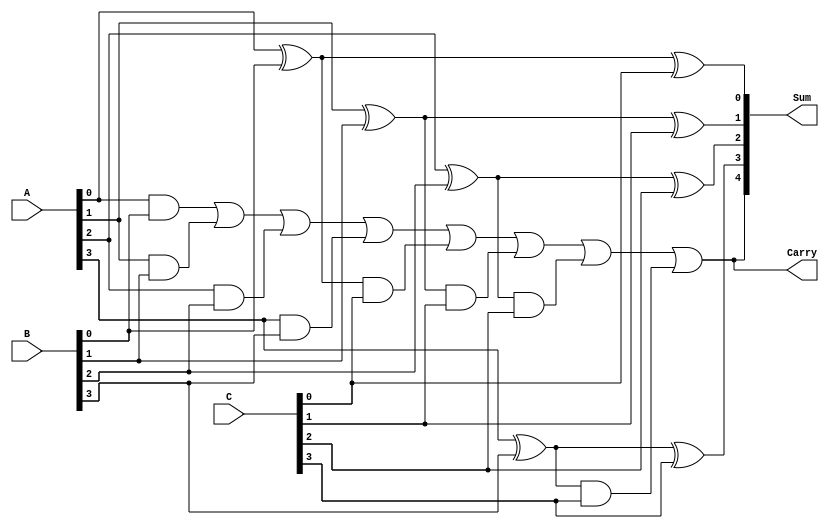
module ModifiedCarrySaveAdder (
    input [3:0] A, // First operand
    input [3:0] B, // Second operand
    input [3:0] C, // Third operand
    output [4:0] Sum, // Final sum output (5 bits to accommodate carry)
    output Carry // Final carry output
);

    // Intermediate signals for partial sums and carries
    wire [3:0] sum1, sum2, carry1, carry2;
    wire [3:0] final_sum;
    wire final_carry;

    // Stage 1: Compute partial sums and carries
    // Half adders for A and B
    assign sum1[0] = A[0] ^ B[0]; // Sum bit 0
    assign carry1[0] = A[0] & B[0]; // Carry bit 0

    assign sum1[1] = A[1] ^ B[1]; // Sum bit 1
    assign carry1[1] = A[1] & B[1]; // Carry bit 1

    assign sum1[2] = A[2] ^ B[2]; // Sum bit 2
    assign carry1[2] = A[2] & B[2]; // Carry bit 2

    assign sum1[3] = A[3] ^ B[3]; // Sum bit 3
    assign carry1[3] = A[3] & B[3]; // Carry bit 3

    // Full adders for sum1 and C
    assign sum2[0] = sum1[0] ^ C[0]; // Final sum bit 0
    assign carry2[0] = sum1[0] & C[0]; // Carry from sum1[0] and C[0]

    assign sum2[1] = sum1[1] ^ C[1]; // Final sum bit 1
    assign carry2[1] = sum1[1] & C[1]; // Carry from sum1[1] and C[1]

    assign sum2[2] = sum1[2] ^ C[2]; // Final sum bit 2
    assign carry2[2] = sum1[2] & C[2]; // Carry from sum1[2] and C[2]

    assign sum2[3] = sum1[3] ^ C[3]; // Final sum bit 3
    assign carry2[3] = sum1[3] & C[3]; // Carry from sum1[3] and C[3]

    // Final carry computation
    assign final_sum = sum2; // Final sum bits
    assign final_carry = carry1[0] | carry1[1] | carry1[2] | carry1[3] | carry2[0] | carry2[1] | carry2[2] | carry2[3];

    // Final outputs
    assign Sum = {final_carry, final_sum}; // 5-bit sum output
    assign Carry = final_carry; // Final carry output

endmodule